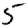
Digit: 5